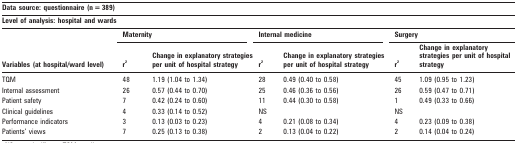
<table><thead><tr><td colspan="7"><b>Data source: questionnaire (n = 389)</b></td></tr><tr><td colspan="7"><b>Level of analysis: hospital and wards</b></td></tr><tr><td rowspan="2"><b>Variables (at hospital/ward level)</b></td><td colspan="2"><b>Maternity</b></td><td colspan="2"><b>Internal medicine</b></td><td colspan="2"><b>Surgery</b></td></tr><tr><td><b>r<sup>2</sup></b></td><td><b>Change in explanatory strategies per unit of hospital strategy</b></td><td><b>r<sup>2</sup></b></td><td><b>Change in explanatory strategies per unit of hospital strategy</b></td><td><b>r<sup>2</sup></b></td><td><b>Change in explanatory strategies per unit of hospital strategy</b></td></tr></thead><tbody><tr><td>TQM</td><td>48</td><td>1.19 (1.04 to 1.34)</td><td>28</td><td>0.49 (0.40 to 0.58)</td><td>45</td><td>1.09 (0.95 to 1.23)</td></tr><tr><td>Internal assessment</td><td>26</td><td>0.57 (0.44 to 0.70)</td><td>25</td><td>0.46 (0.36 to 0.56)</td><td>26</td><td>0.59 (0.47 to 0.71)</td></tr><tr><td>Patient safety</td><td>7</td><td>0.42 (0.24 to 0.60)</td><td>11</td><td>0.44 (0.30 to 0.58)</td><td>1</td><td>0.49 (0.33 to 0.66)</td></tr><tr><td>Clinical guidelines</td><td>4</td><td>0.33 (0.14 to 0.52)</td><td>NS</td><td></td><td>NS</td><td></td></tr><tr><td>Performance indicators</td><td>3</td><td>0.13 (0.03 to 0.23)</td><td>4</td><td>0.21 (0.08 to 0.34)</td><td>4</td><td>0.23 (0.09 to 0.38)</td></tr><tr><td>Patients’ views</td><td>7</td><td>0.25 (0.13 to 0.38)</td><td>2</td><td>0.13 (0.04 to 0.22)</td><td>2</td><td>0.14 (0.04 to 0.24)</td></tr></tbody></table>